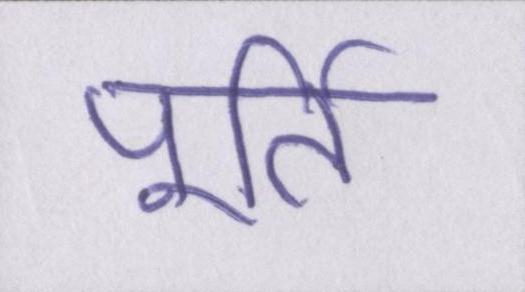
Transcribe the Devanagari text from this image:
पूर्ति